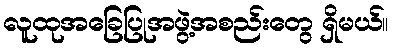
လူထုအခြေပြုအဖွဲ့အစည်းတွေ ရှိမယ်။